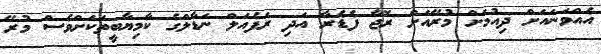
އެއްވަނައަށް ދިއުމަށް މުރޭއަށް ރޮޖާ ފެޑެރާ އަދި ރަފެއަލް ނަޑާލްގެ ކާމިޔާބީތަކަށްވެސް މުރޭ